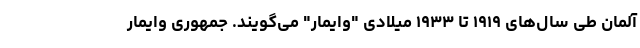
آلمان طی سال‌های ۱۹۱۹ تا ۱۹۳۳ میلادی "وایمار" می‌گویند. جمهوری وایمار